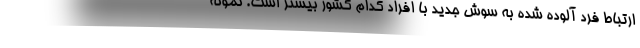
ارتباط فرد آلوده شده به سوش جدید با افراد کدام کشور بیشتر است. نمونه